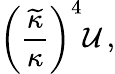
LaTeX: \left({\frac{\widetilde{\kappa}}{\kappa}}\right)^{4}{\cal U}\, ,